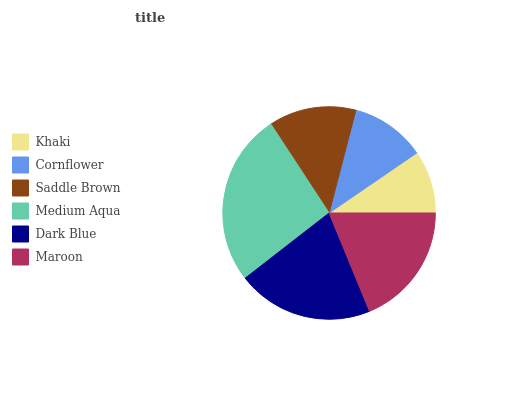
| Khaki | Cornflower | Saddle Brown | Medium Aqua | Dark Blue | Maroon |
 | --- | --- | --- | --- | --- | --- |
 | 9.57% | 11.4% | 13.3% | 26.3% | 20.7% | 18.8% |